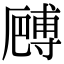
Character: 𠪻